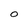
Character: O